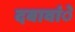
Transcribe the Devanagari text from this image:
दबावांे